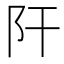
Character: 𨸗